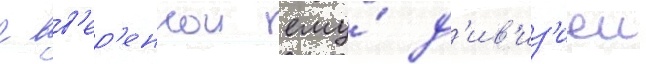
с вв'ер'еннои ему́ д'ив'из'иеи